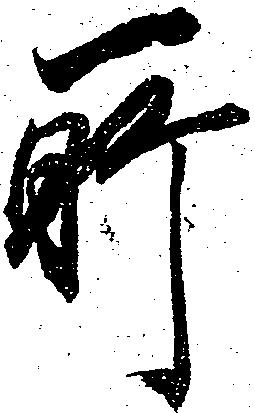
所